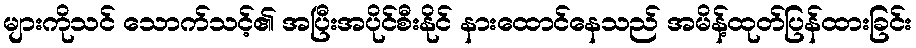
များကိုသင် သောက်သင့်၏ အပြီးအပိုင်စီးနိုင် နားထောင်နေသည် အမိန့်ထုတ်ပြန်ထားခြင်း